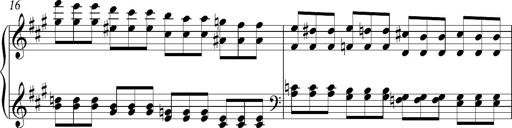
Title: PensÃ©es (Nocturne)
Composer: Franz Liszt
Key: A major